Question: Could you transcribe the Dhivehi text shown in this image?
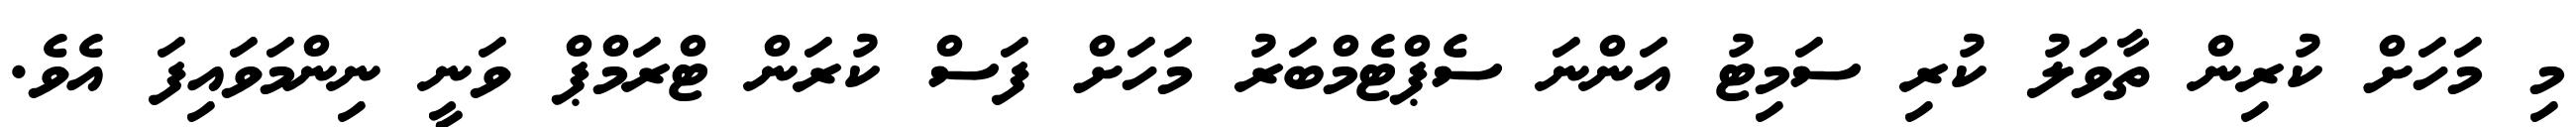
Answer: މި މަހަށް ކުރިން ތާވަލު ކުރި ސަމިޓު އަންނަ ސެޕްޓެމްބަރު މަހަށް ފަސް ކުރަން ޓްރަމްޕް ވަނީ ނިންމަވައިފަ އެވެ.